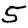
Digit: 5